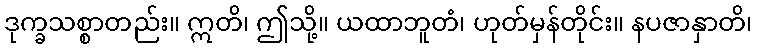
ဒုက္ခသစ္စာတည်း။ ဣတိ၊ ဤသို့။ ယထာဘူတံ၊ ဟုတ်မှန်တိုင်း။ နပဇာနှာတိ၊